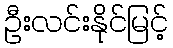
ဦးလင်းနိုင်မြင့်